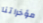
مؤخراتنا